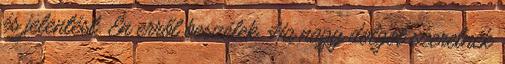
és jelentést. Én erről beszélek. Ha nagy dolgot szeretnék